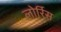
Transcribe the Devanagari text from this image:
लोर्रिस